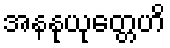
အနနုယုတ္တေဟိ